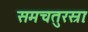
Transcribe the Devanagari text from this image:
समचतुरस्राः